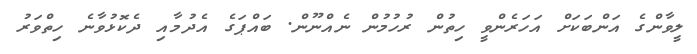
ލީވާންގެ އަންބަކަށް އަހަރެންވީ ހިތުން ރުހުމުން ނެއްނޫން. ބައްޕަގެ އެދުމާއި ދެކޮޅުވާނެ ހިތްވަރު